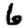
Digit: 6